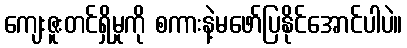
ကျေးဇူးတင်ရှိမှုကို စကားနဲ့မဖော်ပြနိုင်အောင်ပါပဲ။